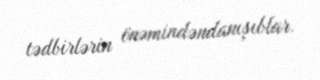
tədbirlərin önəmindəndanışıblar.